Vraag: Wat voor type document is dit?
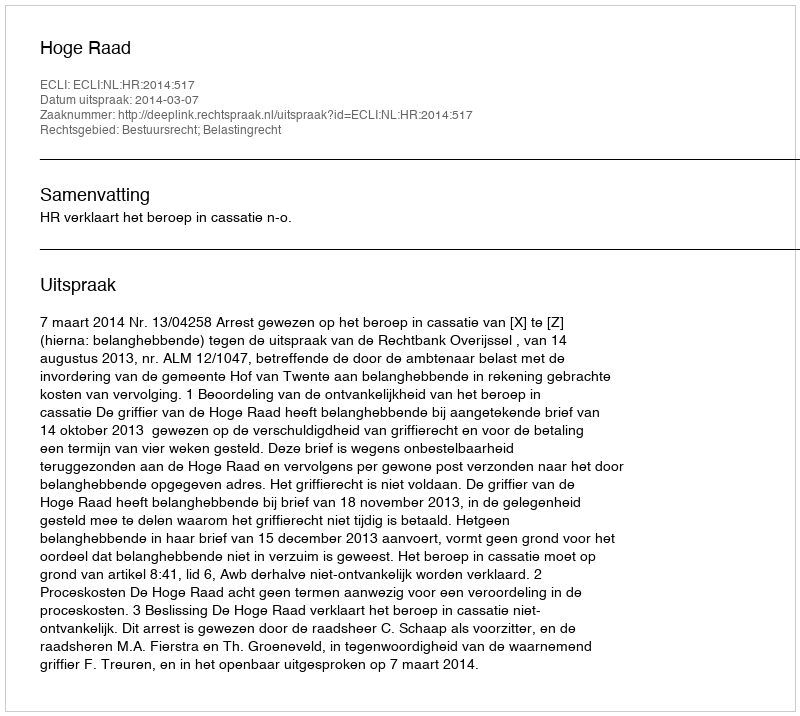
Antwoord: Uitspraak